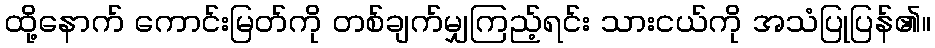
ထို့နောက် ကောင်းမြတ်ကို တစ်ချက်မျှကြည့်ရင်း သားငယ်ကို အသံပြုပြန်၏။